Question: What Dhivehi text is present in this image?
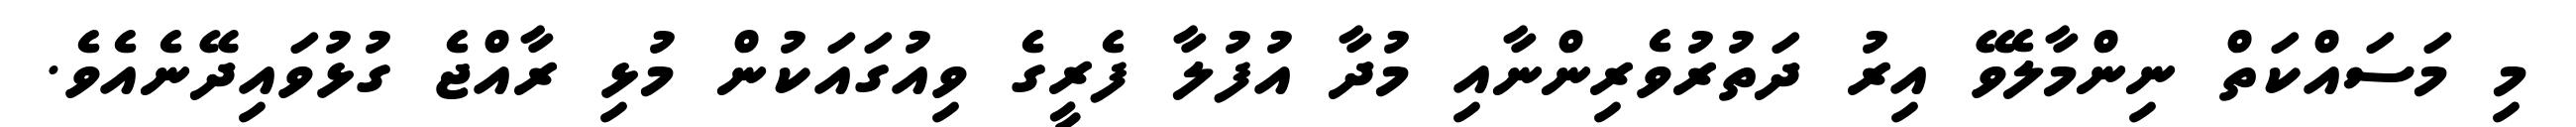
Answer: މި މަސައްކަތް ނިންމާލެވޭ އިރު ދަތުރުވެރިންނާއި މުދާ އުފުލާ ފެރީގެ ވިއުގައަކުން މުޅި ރާއްޖެ ގުޅުވައިދޭނެއެވެ.